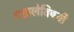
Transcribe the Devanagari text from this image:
गझलेविषयी